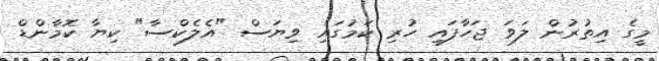
މީގެ އިތުރުން ލަވަ ޖަހާފައި ހުރި ކަމުގައި ވިޔަސް "އެލެކްސާ" ކިޔާ ކޮމާންޑް